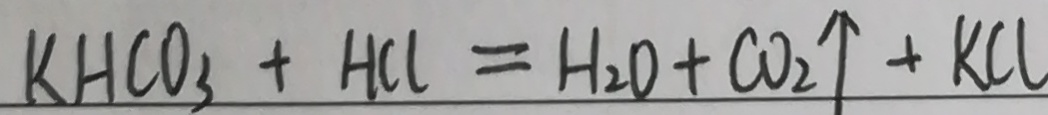
K H C O _ { 3 } + H C l = H _ { 2 } O + C O _ { 2 } \uparrow + K C l